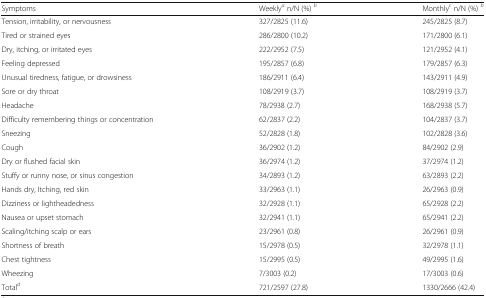
<table><thead><tr><td><b>Symptoms</b></td><td><b>Weekly<sup><i>a</i></sup> n/N (%) <sup><i>b</i></sup></b></td><td><b>Monthly<sup><i>c</i></sup> n/N (%) <sup><i>b</i></sup></b></td></tr></thead><tbody><tr><td>Tension, irritability, or nervousness</td><td>327/2825 (11.6)</td><td>245/2825 (8.7)</td></tr><tr><td>Tired or strained eyes</td><td>286/2800 (10.2)</td><td>171/2800 (6.1)</td></tr><tr><td>Dry, itching, or irritated eyes</td><td>222/2952 (7.5)</td><td>121/2952 (4.1)</td></tr><tr><td>Feeling depressed</td><td>195/2857 (6.8)</td><td>179/2857 (6.3)</td></tr><tr><td>Unusual tiredness, fatigue, or drowsiness</td><td>186/2911 (6.4)</td><td>143/2911 (4.9)</td></tr><tr><td>Sore or dry throat</td><td>108/2919 (3.7)</td><td>108/2919 (3.7)</td></tr><tr><td>Headache</td><td>78/2938 (2.7)</td><td>168/2938 (5.7)</td></tr><tr><td>Difficulty remembering things or concentration</td><td>62/2837 (2.2)</td><td>104/2837 (3.7)</td></tr><tr><td>Sneezing</td><td>52/2828 (1.8)</td><td>102/2828 (3.6)</td></tr><tr><td>Cough</td><td>36/2902 (1.2)</td><td>84/2902 (2.9)</td></tr><tr><td>Dry or flushed facial skin</td><td>36/2974 (1.2)</td><td>37/2974 (1.2)</td></tr><tr><td>Stuffy or runny nose, or sinus congestion</td><td>34/2893 (1.2)</td><td>63/2893 (2.2)</td></tr><tr><td>Hands dry, Itching, red skin</td><td>33/2963 (1.1)</td><td>26/2963 (0.9)</td></tr><tr><td>Dizziness or lightheadedness</td><td>32/2928 (1.1)</td><td>65/2928 (2.2)</td></tr><tr><td>Nausea or upset stomach</td><td>32/2941 (1.1)</td><td>65/2941 (2.2)</td></tr><tr><td>Scaling/itching scalp or ears</td><td>23/2961 (0.8)</td><td>26/2961 (0.9)</td></tr><tr><td>Shortness of breath</td><td>15/2978 (0.5)</td><td>32/2978 (1.1)</td></tr><tr><td>Chest tightness</td><td>15/2995 (0.5)</td><td>49/2995 (1.6)</td></tr><tr><td>Wheezing</td><td>7/3003 (0.2)</td><td>17/3003 (0.6)</td></tr><tr><td>Total<sup><i>d</i></sup></td><td>721/2597 (27.8)</td><td>1330/2666 (42.4)</td></tr></tbody></table>